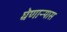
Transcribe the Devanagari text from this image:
घेणाऱ्यास